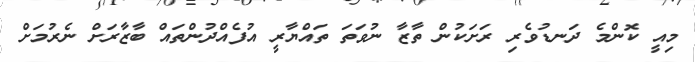
މިއީ ކޮންމެ ދަނޑުވެރި ރަށަކުން ތާޒާ ނުވަތަ ތައްޔާރީ އުފެއްދުންތައް ބާޒާރަށް ނެރުމަށް